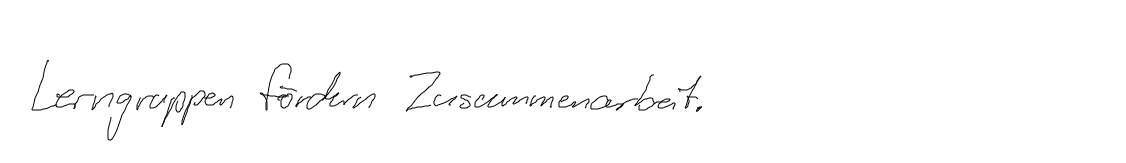
Lerngruppen fördern Zusammenarbeit.